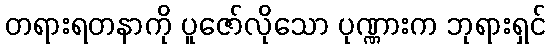
တရားရတနာကို ပူဇော်လိုသော ပုဏ္ဏားက ဘုရားရှင်